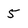
Character: 5